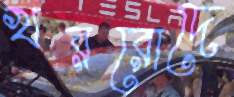
খররোদে